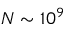
N \sim 1 0 ^ { 9 }